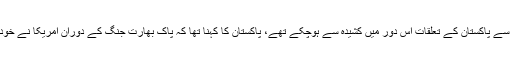
امریکا میں ان دنوں صدرلنڈن جانسن کی حکومت تھی، امریکا سے پاکستان کے تعلقات اس دور میں کشیدہ سے ہوچکے تھے، پاکستان کا کہنا تھا کہ پاک بھارت جنگ کے دوران امریکا نے خود کو غیر جانبدار ثابت کرکے عملاً بھارت کی مدد کردی تھی۔